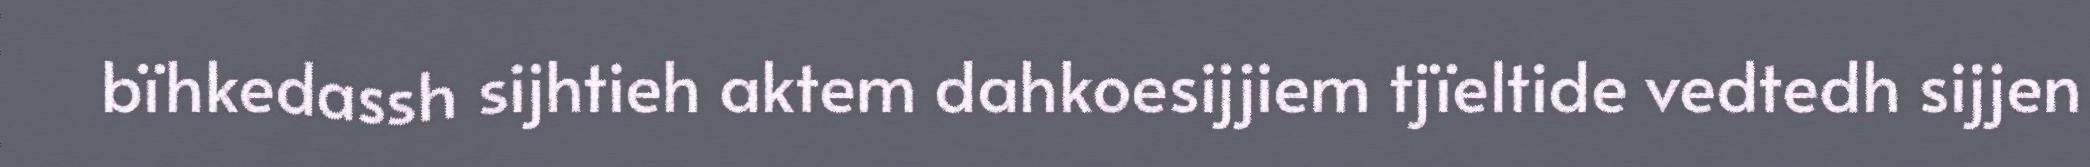
bïhkedassh sijhtieh aktem dahkoesijjiem tjïeltide vedtedh sijjen